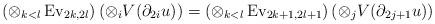
LaTeX: \begin{align*}\left(\otimes_{k<l}\operatorname{Ev}_{2k,2l}\right)\left(\otimes_{i}V(\partial_{2i}u)\right)=\left(\otimes_{k<l}\operatorname{Ev}_{2k+1,2l+1}\right)\left(\otimes_{j}V(\partial_{2j+1}u)\right)\end{align*}